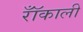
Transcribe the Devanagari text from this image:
रॉँकाली